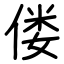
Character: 偻